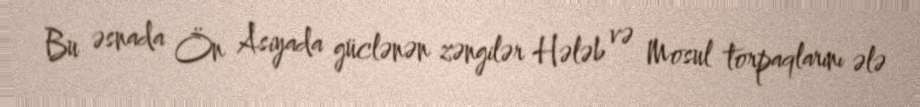
Bu əsnada Ön Asiyada güclənən zəngilər Hələb və Mosul torpaqlarını ələ